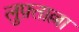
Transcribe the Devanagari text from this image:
लुफ़्ताल्ला